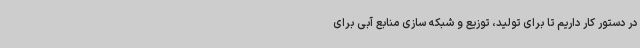
در دستور کار داریم تا برای تولید، توزیع و شبکه سازی منابع آبی برای